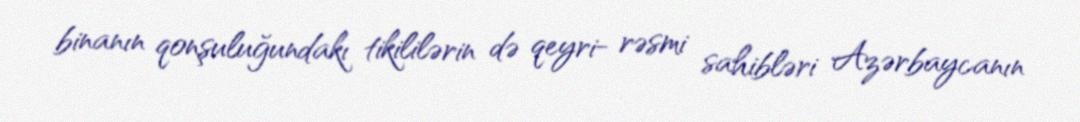
binanın qonşuluğundakı tikililərin də qeyri- rəsmi sahibləri Azərbaycanın